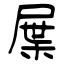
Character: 屟